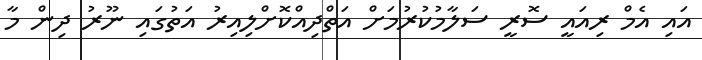
އައި އެމް ރިއައީ ސޮރީ ސަލާމުކުރުމަށް އަތްދިއްކޮށްލިއިރު އަތުގައި ނޫރު ދިން މާ